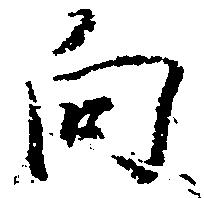
向